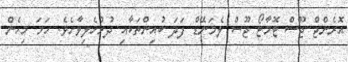
އޮރެންޖް ޖޫސް ޓޮމާޓޯ ޖޫސް ލެމަނޭޑް ފަދަ ބުއިންތަކާއި ދުރުހެލިވާށެވެ. ހަމަ މިހެން